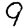
Digit: 9